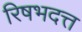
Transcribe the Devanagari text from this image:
रिषभदत्त